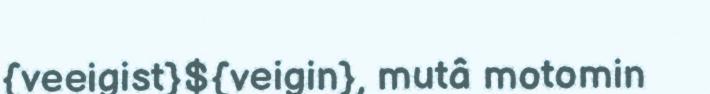
{veeigist}${veigin}, mutâ motomin